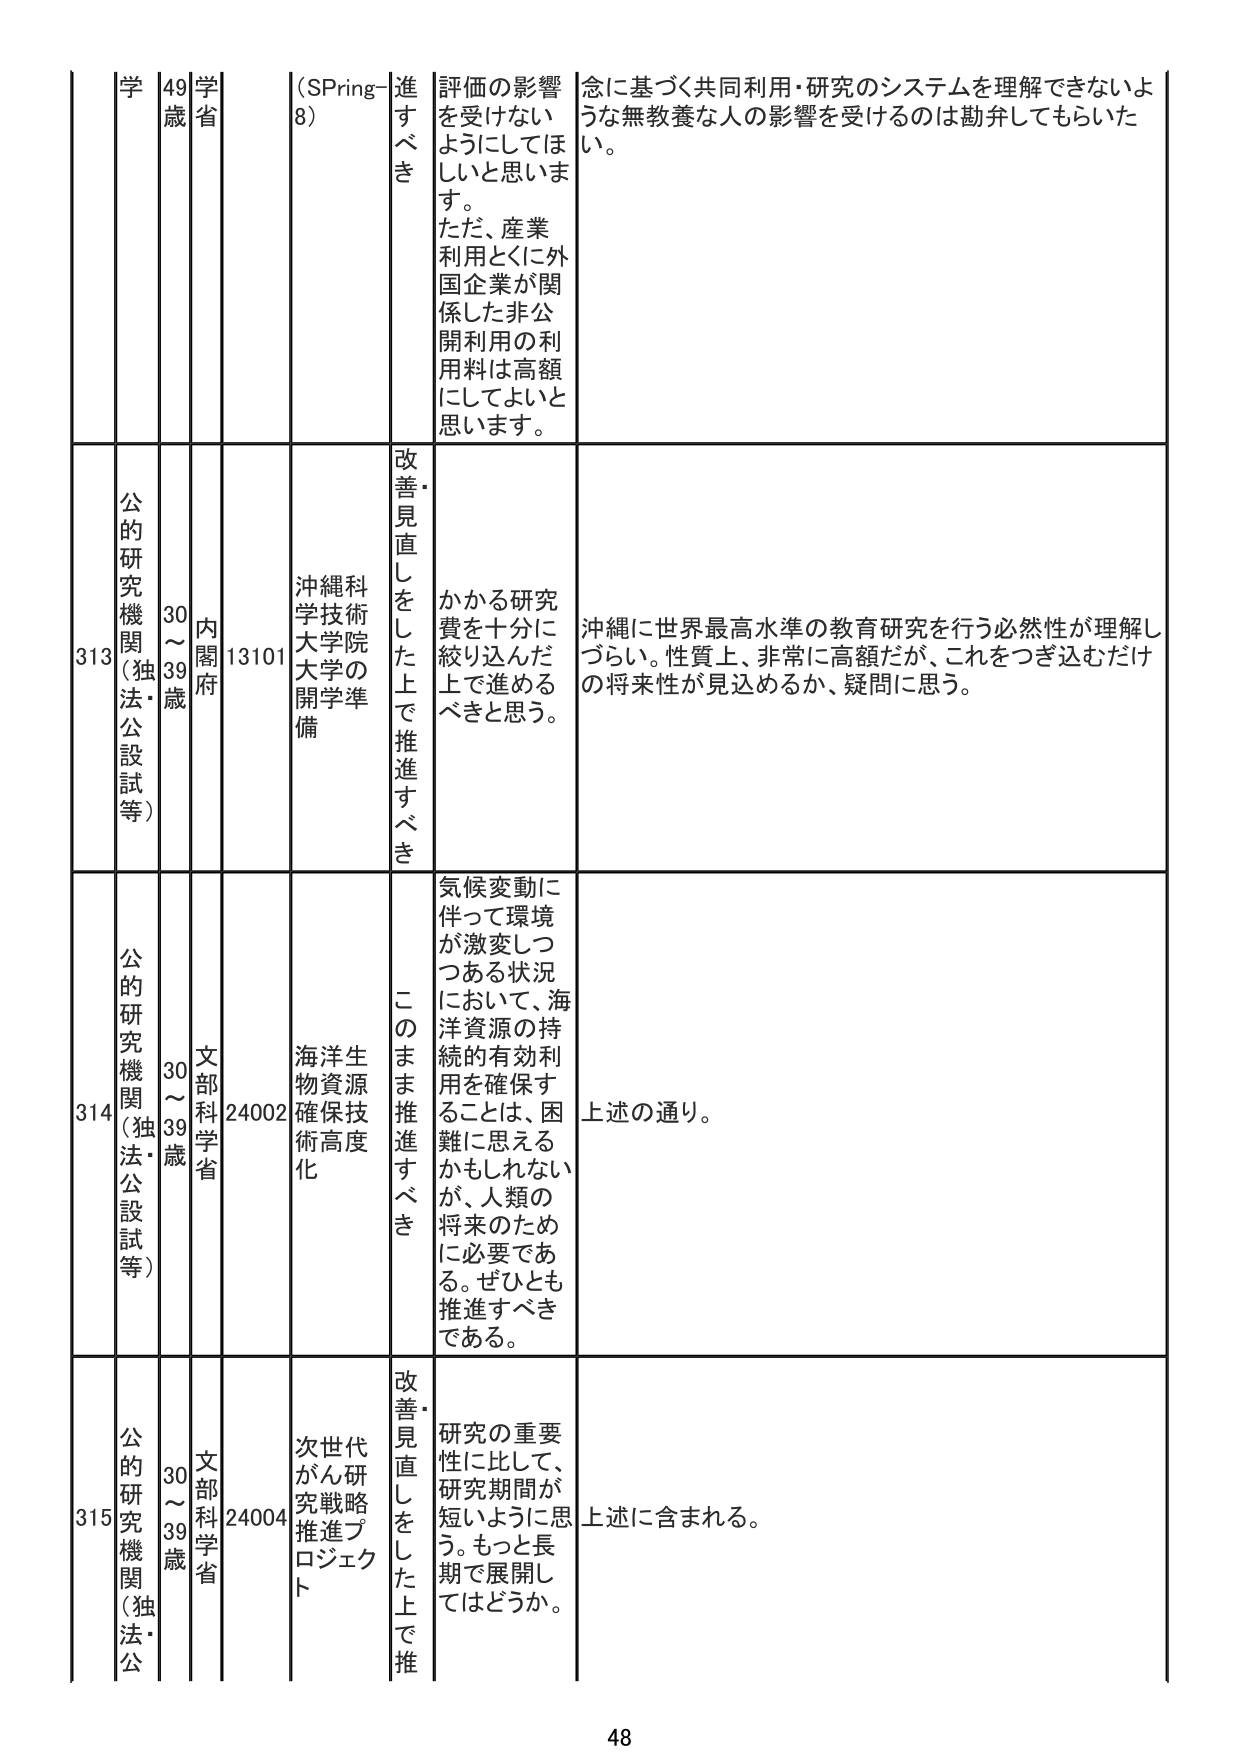
学 49 歳 学省 (SPring-8) 進すべき 評価の影響を受けないようにしてほしいと思います。ただ、産業利用とくに外国企業が関係した非公開利用の利用料は高額にしてよいと思います。 念に基づく共同利用・研究のシステムを理解できないような無教養な人の影響を受けるのは勘弁してもらいたい。

313 公的研究機関（独法・公設試等） 30～39歳 内閣府 13101 沖縄科学技術大学院大学の開学準備 改善・見直しをした上で推進すべき かかる研究費を十分に繰り込んだ上で進めるべきと思う。 沖縄に世界最高水準の教育研究を行う必然性が理解しづらい。性質上、非常に高額だが、これをつぎ込むだけの将来性が見込めるか、疑問に思う。

314 公的研究機関（独法・公設試等） 30～39歳 文部科学省 24002 海洋生物資源確保技術高度化 このまま推進すべき 気候変動に伴って環境が激変しつつある状況において、海洋資源の持続的有効利用を確保することは、困難に思えるかもしれないが、人類の将来のために必要である。ぜひとも推進すべきである。 上述の通り。

315 公的研究機関（独法・公設試等） 30～39歳 文部科学省 24004 次世代がん研究戦略推進プロジェクト 改善・見直しをした上で推進すべき 研究の重要性に比して、研究期間が短いように思う。もっと長期で展開してはどうか。 上述に含まれる。

48